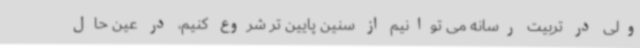
ولی در تربیت رسانه می توانیم از سنین پایین تر شروع کنیم، در عین حال